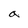
Character: a